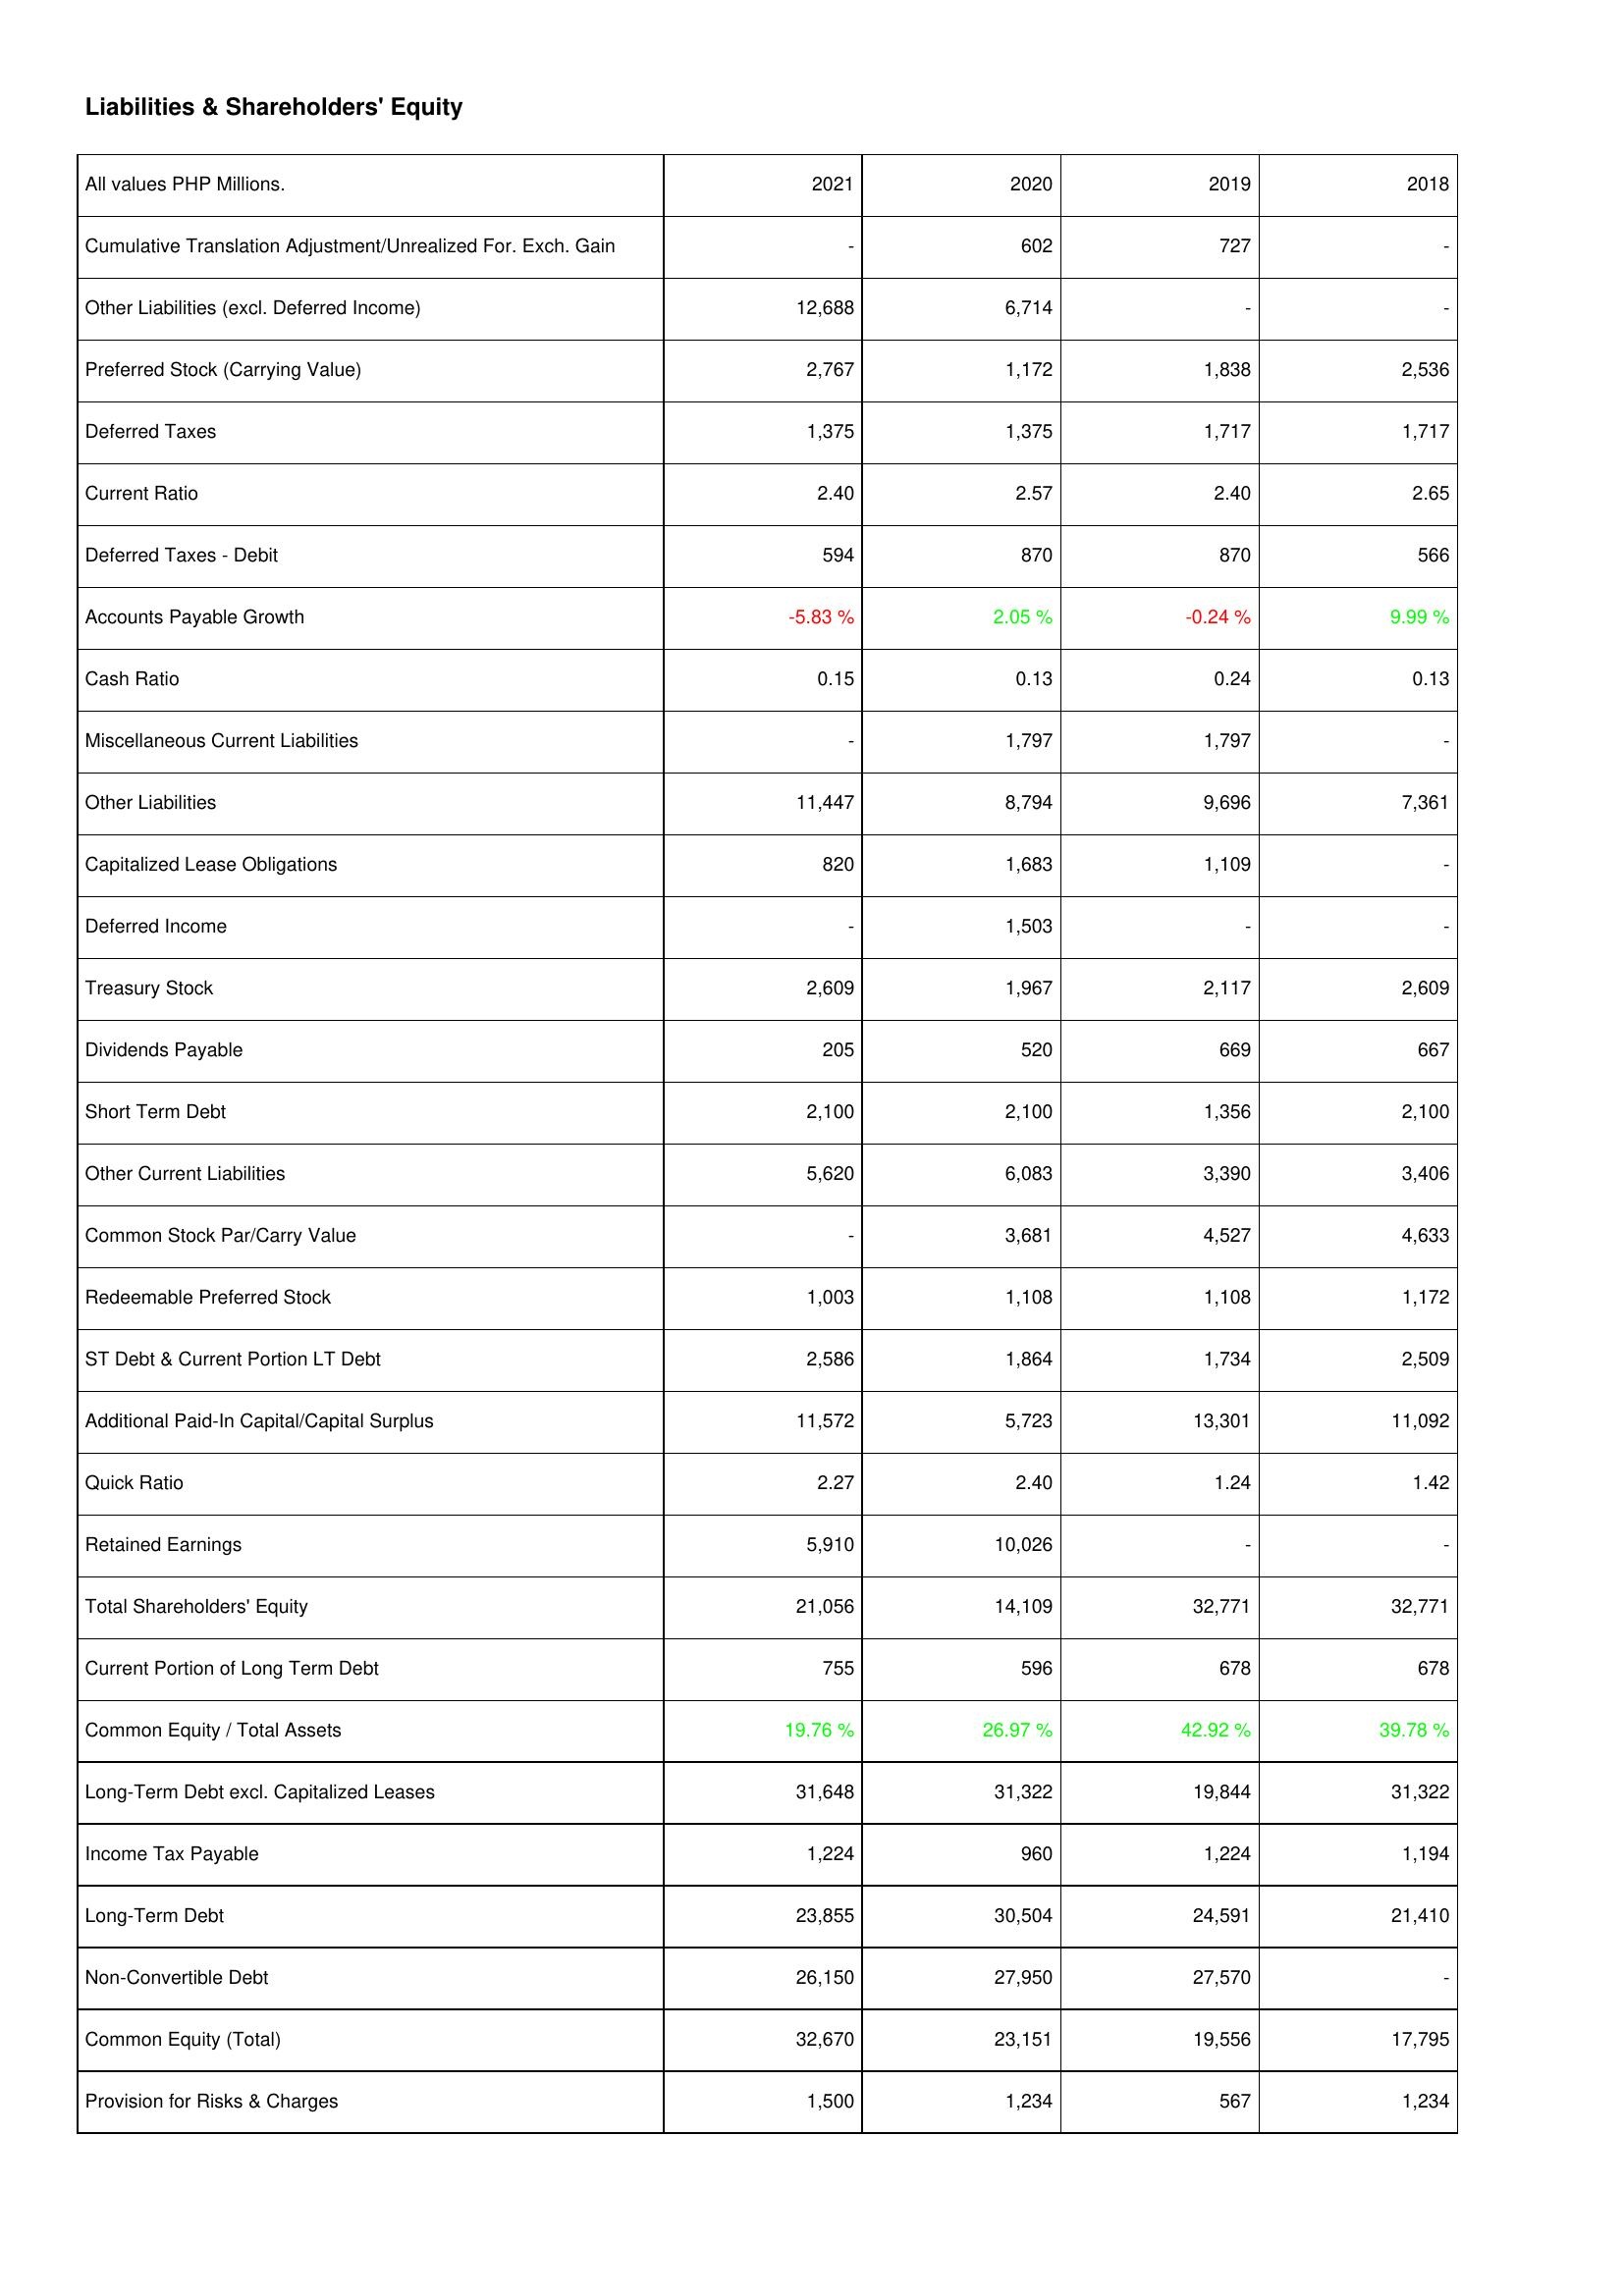
2021: Liabilities & Shareholders' Equity: Cumulative Translation Adjustment/Unrealized For. Exch. Gain: -
Other Liabilities (excl. Deferred Income): 12,688
Preferred Stock (Carrying Value): 2,767
Deferred Taxes: 1,375
Current Ratio: 2.40
Deferred Taxes - Debit: 594
Accounts Payable Growth: -5.83 %
Cash Ratio: 0.15
Miscellaneous Current Liabilities: -
Other Liabilities: 11,447
Capitalized Lease Obligations: 820
Deferred Income: -
Treasury Stock: 2,609
Dividends Payable: 205
Short Term Debt: 2,100
Other Current Liabilities: 5,620
Common Stock Par/Carry Value: -
Redeemable Preferred Stock: 1,003
ST Debt & Current Portion LT Debt: 2,586
Additional Paid-In Capital/Capital Surplus: 11,572
Quick Ratio: 2.27
Retained Earnings: 5,910
Total Shareholders' Equity: 21,056
Current Portion of Long Term Debt: 755
Common Equity / Total Assets: 19.76 %
Long-Term Debt excl. Capitalized Leases: 31,648
Income Tax Payable: 1,224
Long-Term Debt: 23,855
Non-Convertible Debt: 26,150
Common Equity (Total): 32,670
Provision for Risks & Charges: 1,500
2020: Liabilities & Shareholders' Equity: Cumulative Translation Adjustment/Unrealized For. Exch. Gain: 602
Other Liabilities (excl. Deferred Income): 6,714
Preferred Stock (Carrying Value): 1,172
Deferred Taxes: 1,375
Current Ratio: 2.57
Deferred Taxes - Debit: 870
Accounts Payable Growth: 2.05 %
Cash Ratio: 0.13
Miscellaneous Current Liabilities: 1,797
Other Liabilities: 8,794
Capitalized Lease Obligations: 1,683
Deferred Income: 1,503
Treasury Stock: 1,967
Dividends Payable: 520
Short Term Debt: 2,100
Other Current Liabilities: 6,083
Common Stock Par/Carry Value: 3,681
Redeemable Preferred Stock: 1,108
ST Debt & Current Portion LT Debt: 1,864
Additional Paid-In Capital/Capital Surplus: 5,723
Quick Ratio: 2.40
Retained Earnings: 10,026
Total Shareholders' Equity: 14,109
Current Portion of Long Term Debt: 596
Common Equity / Total Assets: 26.97 %
Long-Term Debt excl. Capitalized Leases: 31,322
Income Tax Payable: 960
Long-Term Debt: 30,504
Non-Convertible Debt: 27,950
Common Equity (Total): 23,151
Provision for Risks & Charges: 1,234
2019: Liabilities & Shareholders' Equity: Cumulative Translation Adjustment/Unrealized For. Exch. Gain: 727
Other Liabilities (excl. Deferred Income): -
Preferred Stock (Carrying Value): 1,838
Deferred Taxes: 1,717
Current Ratio: 2.40
Deferred Taxes - Debit: 870
Accounts Payable Growth: -0.24 %
Cash Ratio: 0.24
Miscellaneous Current Liabilities: 1,797
Other Liabilities: 9,696
Capitalized Lease Obligations: 1,109
Deferred Income: -
Treasury Stock: 2,117
Dividends Payable: 669
Short Term Debt: 1,356
Other Current Liabilities: 3,390
Common Stock Par/Carry Value: 4,527
Redeemable Preferred Stock: 1,108
ST Debt & Current Portion LT Debt: 1,734
Additional Paid-In Capital/Capital Surplus: 13,301
Quick Ratio: 1.24
Retained Earnings: -
Total Shareholders' Equity: 32,771
Current Portion of Long Term Debt: 678
Common Equity / Total Assets: 42.92 %
Long-Term Debt excl. Capitalized Leases: 19,844
Income Tax Payable: 1,224
Long-Term Debt: 24,591
Non-Convertible Debt: 27,570
Common Equity (Total): 19,556
Provision for Risks & Charges: 567
2018: Liabilities & Shareholders' Equity: Cumulative Translation Adjustment/Unrealized For. Exch. Gain: -
Other Liabilities (excl. Deferred Income): -
Preferred Stock (Carrying Value): 2,536
Deferred Taxes: 1,717
Current Ratio: 2.65
Deferred Taxes - Debit: 566
Accounts Payable Growth: 9.99 %
Cash Ratio: 0.13
Miscellaneous Current Liabilities: -
Other Liabilities: 7,361
Capitalized Lease Obligations: -
Deferred Income: -
Treasury Stock: 2,609
Dividends Payable: 667
Short Term Debt: 2,100
Other Current Liabilities: 3,406
Common Stock Par/Carry Value: 4,633
Redeemable Preferred Stock: 1,172
ST Debt & Current Portion LT Debt: 2,509
Additional Paid-In Capital/Capital Surplus: 11,092
Quick Ratio: 1.42
Retained Earnings: -
Total Shareholders' Equity: 32,771
Current Portion of Long Term Debt: 678
Common Equity / Total Assets: 39.78 %
Long-Term Debt excl. Capitalized Leases: 31,322
Income Tax Payable: 1,194
Long-Term Debt: 21,410
Non-Convertible Debt: -
Common Equity (Total): 17,795
Provision for Risks & Charges: 1,234